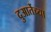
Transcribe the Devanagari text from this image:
दुआर्तेच्या